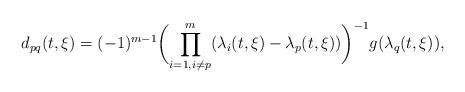
LaTeX: \begin{align*}d_{pq}(t,\xi)=(-1)^{m-1}\biggl(\prod_{i=1,i\neq p}^m (\lambda_i(t,\xi)-\lambda_p(t,\xi))\biggr)^{-1}g(\lambda_q(t,\xi)),\end{align*}